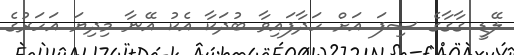
ލޭޑީ ގާގާގެ ސިފަ އަށް ހަދާފައިވާ ބުދަކާ އެކު އޭނާ މިދިޔަ އަހަރުގެ